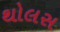
થોલસ